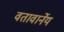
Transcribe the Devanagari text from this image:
वतावार्नेय